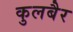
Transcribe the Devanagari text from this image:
कुलबैर